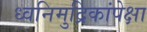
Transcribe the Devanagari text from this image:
ध्वनिमुद्रिकांपेक्षा